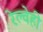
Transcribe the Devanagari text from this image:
रेल्वेही